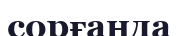
сорғанда